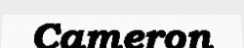
Cameron